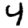
Digit: 4